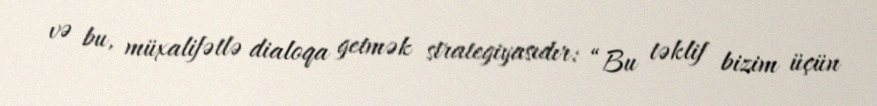
və bu, müxalifətlə dialoqa getmək strategiyasıdır: “Bu təklif bizim üçün